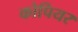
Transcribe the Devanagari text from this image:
कोपियर